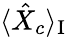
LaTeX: \langle\hat{X}_{c}\rangle_{\mathrm{I}}